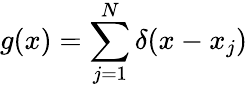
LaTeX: g(x)=\sum_{j=1}^{N}\delta(x-x_{j})